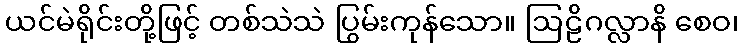
ယင်မဲရိုင်းတို့ဖြင့် တစ်သဲသဲ ပြွမ်းကုန်သော။ ဩဠိဂလ္လာနိ စေဝ၊